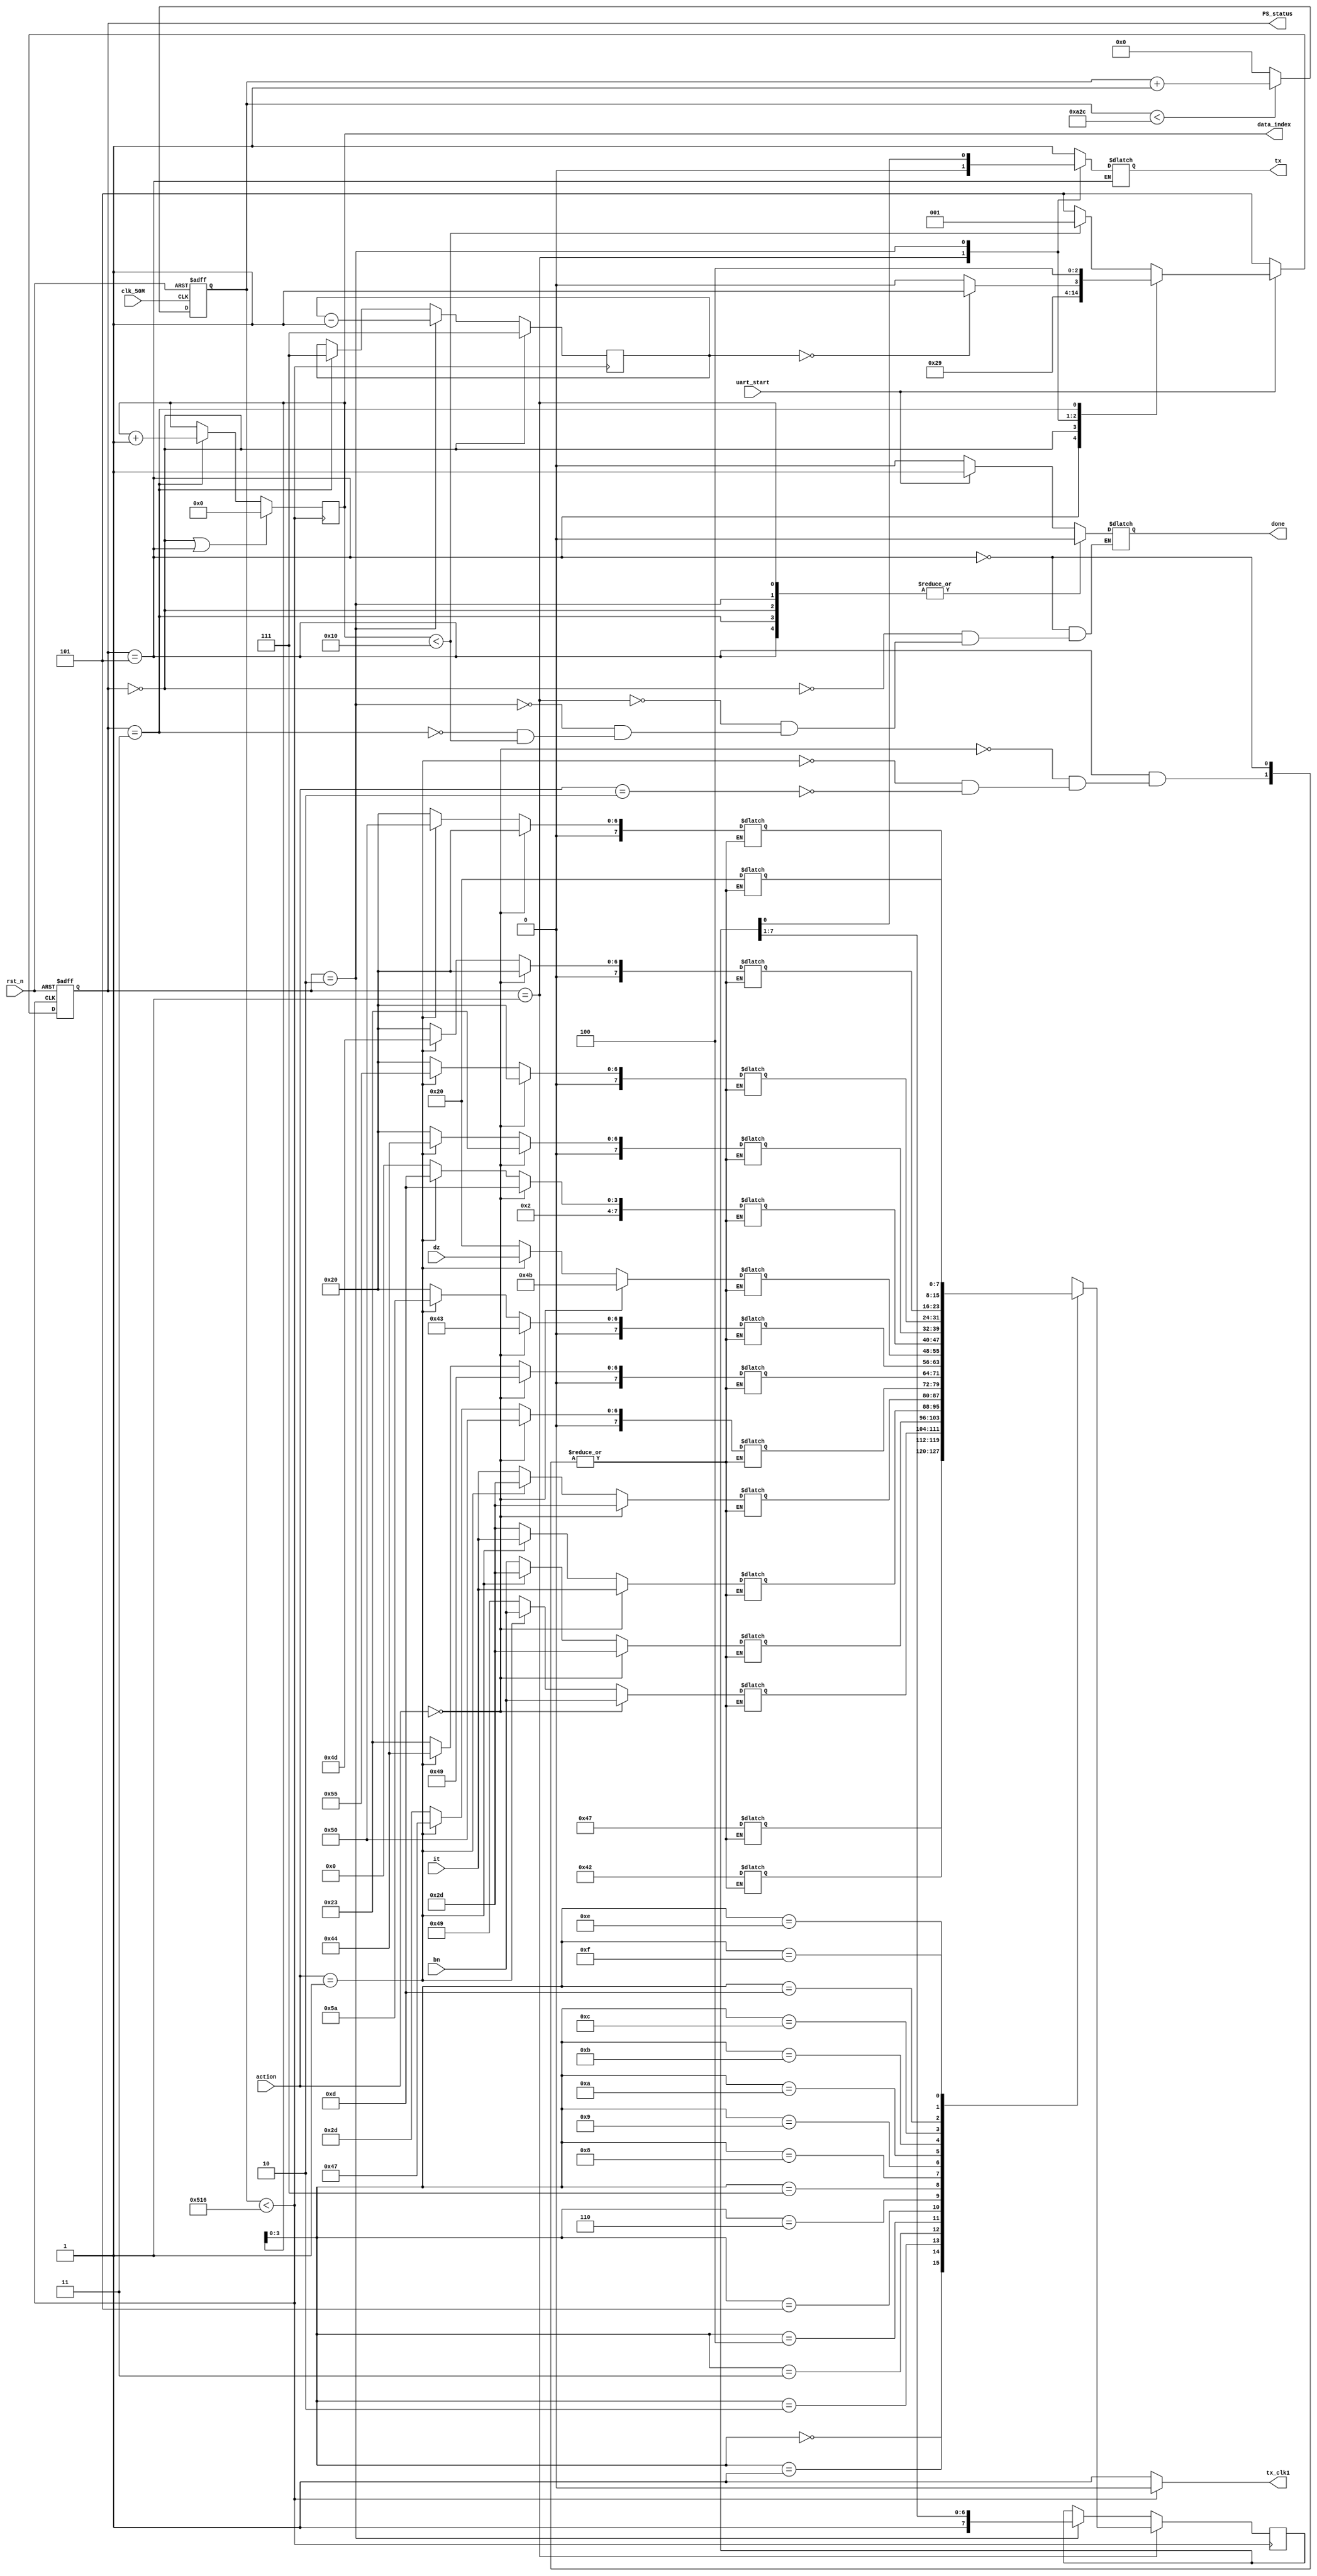
// SB : Task 2 B : UART
/*
Instructions
-------------------
Students are not allowed to make any changes in the Module declaration.
This file is used to design UART Transmitter.

Recommended Quartus Version : 19.1
The submitted project file must be 19.1 compatible as the evaluation will be done on Quartus Prime Lite 19.1.

Warning: The error due to compatibility will not be entertained.
-------------------
*/

//UART Transmitter design
//Input   : clk_50M : 50 MHz clock
//Output  : tx : UART transmit output

//////////////////DO NOT MAKE ANY CHANGES IN MODULE//////////////////
module SB_3320_uart(
	input rst_n,
	input clk_50M,	//50 MHz clock
	output tx,		//UART transmit output
	output tx_clk1,
	output [2:0] PS_status,
	output reg done,
	input uart_start,
	input [2:0] action,
	input [7:0]it,
	input [7:0]bn,
	input [7:0]dz,
	output reg [4:0]data_index
);
////////////////////////WRITE YOUR CODE FROM HERE////////////////////

//reg [2:0] action = 3'd1;
//reg [7:0] it = 8'h4D;
//reg [7:0] bn = 8'h32;
//reg [7:0] dz = 8'h41;

//reg done = 1'b0;

wire tx_clk;
reg [13:0]clk_div;
reg [7:0] tx_reg=8'hff;
reg [2:0]track_count=3'd7;
reg tx_temp;
parameter idle=3'd0, start=3'd1,data=3'd2,stop1=3'd3,stop2=3'd4, prepare_data = 3'd5;
reg [2:0]PS=prepare_data,NS=prepare_data;
reg [7:0] data1 [15:0];
assign tx_clk1 = tx_clk;
//assign data1[7]=8'h23;
//assign data1[6]=8'h2D;
//assign data1[5]=data;
//assign data1[4]=8'h2D;
//assign data1[3]=8'h31;
//assign data1[2]=8'h49;
//assign data1[1]=8'h42;
//assign data1[0]=8'h47;
//reg [4:0] data_index=5'd0;
assign PS_status=PS;


 


always@(posedge clk_50M,negedge rst_n)
     begin
			if (!rst_n)
				clk_div <= 14'd0;
			else	
				
				if (clk_div < 14'd2604)
					clk_div = clk_div + 14'd1;
				else
					 clk_div = 14'd0;
     end

assign tx_clk = (clk_div < 14'd1302)? 1'b0:1'b1;

always @(negedge tx_clk,negedge rst_n)
begin
	if (!rst_n)
		PS <= prepare_data;
	else if (uart_start)
		PS <= NS;
	
else PS<=prepare_data;
	
end

	
//always @(posedge tx_clk)
//begin
//	if (data_index == 4'd16)
//		done <= 1'b1;
//	else
//		done <= 1'b0;
		
//	end
always @(PS,track_count,tx_reg,data_index) begin
	case(PS)
		prepare_data: begin
		
		done<=1'b0;
			if (action == 3'd0) begin // pick
				data1[15]<=8'h20;
				data1[14]<=8'h20;
				data1[13]<=8'h20;
				data1[12]<=8'h20;
				data1[11]<=8'h23;
				data1[10]<=8'h2D;
				data1[9]<=8'h4B;
				data1[8]<=8'h43;
				data1[7]<=8'h49;
				data1[6]<=8'h50;
				data1[5]<=8'h2D;
				data1[4]<=it;
				data1[3]<=8'h2D;
				data1[2]<=bn;
				data1[1]<=8'h42;
				data1[0]<=8'h47;
				NS<=idle;
			end
			else if (action == 3'd1) begin  //dump
				data1[15]<=8'h20;
				data1[14]<=8'h50;
				data1[13]<=8'h4D;
				data1[12]<=8'h55;
				data1[11]<=8'h44;
				data1[10]<=8'h2D;
				data1[9]<=dz;
				data1[8]<=8'h5A;	//z
				data1[7]<=8'h44;	//d
				data1[6]<=8'h47;	//g
				data1[5]<=8'h2D;	//-
				data1[4]<=it;		//identification
				data1[3]<=8'h2D;	//-
				data1[2]<=bn;		//block number
				data1[1]<=8'h42;	//b
				data1[0]<=8'h47;  //g
				NS<=idle;
			end
			else if (action == 3'd2) begin    // color
				data1[15]<=8'h20;
				data1[14]<=8'h20;
				data1[13]<=8'h20;
				data1[12]<=8'h20;
				data1[11]<=8'h20;
				data1[10]<=8'h20;
				data1[9]<=8'h20;
				data1[8]<=8'h20;
				data1[7]<=8'h23;
				data1[6]<=8'h2D;
				data1[5]<=it;
				data1[4]<=8'h2D;
				data1[3]<=bn;
				data1[2]<=8'h49;
				data1[1]<=8'h42;
				data1[0]<=8'h47;
				NS<=idle;
			end
			
			else begin
			done<=1'b0;
			NS <= idle;
			end
			
		end
		idle: begin
				done<=1'b0;
				NS <= start;
				tx_temp <= 1'b1;
				
		end	
		start:
			begin
				done<=1'b0;
				NS <= data;
				tx_temp <= 1'b0;
			end	
		data:
			begin
				done<=1'b0;
				if (track_count ==0)
					NS <= stop1;
				else
					NS <= data;
					tx_temp <= tx_reg[0];	
			end	
		stop1:
			begin
				done<=1'b0;
				NS <= stop2;
				tx_temp <= 1'b1;
			end	
		default:
				begin
				
				if (data_index < 16)
						NS <= start;
				else begin
						NS <= prepare_data;
						done <= (uart_start) ? 1'b1 : 1'b0;
				end
				tx_temp <= 1'b1;
				end	
	endcase
end

assign tx = tx_temp;

always @(negedge tx_clk)	
begin
	if (PS == start)
		tx_reg <= data1[data_index];
	else
		if (PS == data)
			tx_reg <= {1'b1,tx_reg[7:1]};
		else
			tx_reg <= tx_reg;
end
			
always @(negedge tx_clk)	
begin
	if (PS == idle || PS == prepare_data)
		data_index <= 5'd0;
	else
		if (PS == stop1)
			data_index <= data_index + 5'd1;
		else
			data_index <= data_index;
end

always @(negedge tx_clk)	
begin
	if (PS == idle)
		track_count <= 3'd7;
	else
		if (PS == data)
			track_count <= track_count - 3'd1;
		else if (PS == stop1)
			track_count <= 3'd7;
end


////////////////////////YOUR CODE ENDS HERE//////////////////////////
endmodule




///////////////////////////////MODULE ENDS///////////////////////////